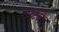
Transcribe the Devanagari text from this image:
शॉर्टब्रेड